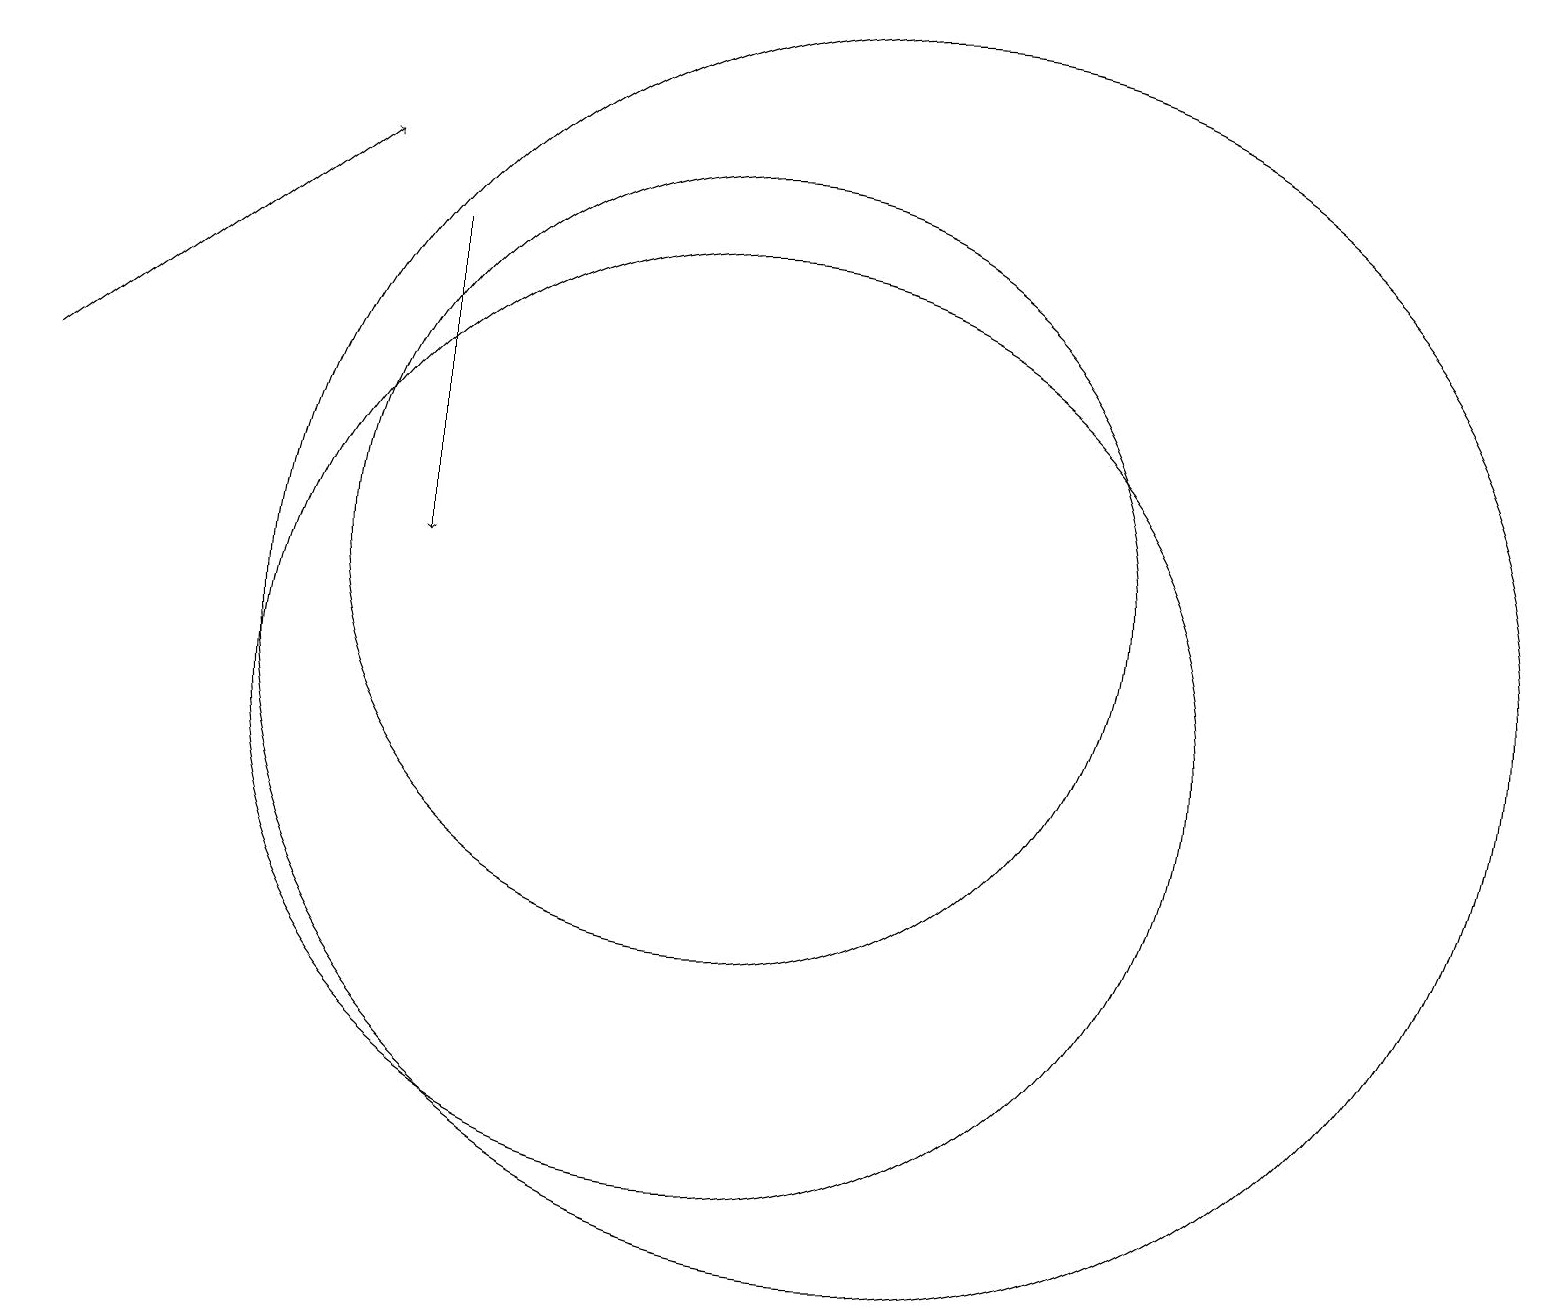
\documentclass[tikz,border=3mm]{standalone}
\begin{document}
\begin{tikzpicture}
\draw[->] (1,14) -- (5,17);
\draw[->] (6,16) -- (6,12);
\draw (10,10) circle (6);
\draw (12,11) circle (8);
\draw (10,12) circle (5);
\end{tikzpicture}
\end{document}